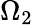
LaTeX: \Omega_{2}